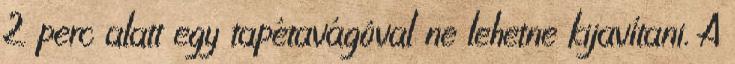
2 perc alatt egy tapétavágóval ne lehetne kijavítani. A